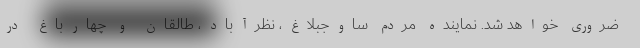
ضروری خواهد شد. نماینده مردم ساوجبلاغ، نظرآباد، طالقان و چهارباغ در